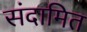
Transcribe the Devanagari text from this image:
संदामित